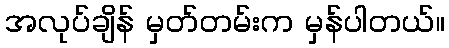
အလုပ်ချိန် မှတ်တမ်းက မှန်ပါတယ်။